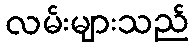
လမ်းများသည်